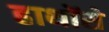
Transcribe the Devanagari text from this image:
हाथोंसे